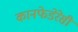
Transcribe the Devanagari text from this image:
कानफेडेरेसी